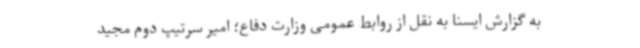
به گزارش ایسنا به نقل از روابط عمومی وزارت دفاع؛ امیر سرتیپ دوم مجید